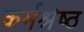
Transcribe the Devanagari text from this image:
कर्मश्रेष्ठ